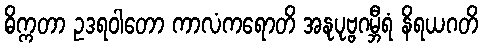
ဓိက္ကတာ ဥဒရဝါတော ကာလံကရောတိ အနုပုဗ္ဗဂမ္ဘီရံ နိရယဂတိ